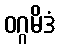
ဝဂ္ဂမိဒံ